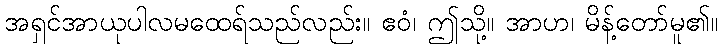
အရှင်အာယုပါလမထေရ်သည်လည်း။ ဧဝံ၊ ဤသို့။ အာဟ၊ မိန့်တော်မူ၏။